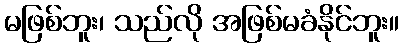
မဖြစ်ဘူး၊ သည်လို အဖြစ်မခံနိုင်ဘူး။